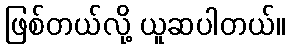
ဖြစ်တယ်လို့ ယူဆပါတယ်။